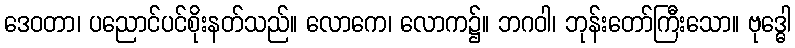
ဒေဝတာ၊ ပညောင်ပင်စိုးနတ်သည်။ လောကေ၊ လောက၌။ ဘဂဝါ၊ ဘုန်းတော်ကြီးသော။ ဗုဒ္ဓေါ